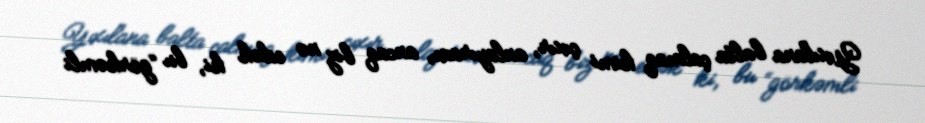
Yıxılana balta çalmaq kimi çıxır, anlayıram, ancaq biz nə edək ki, bu “görkəmli